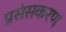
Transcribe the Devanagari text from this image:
प्रसंसकरण